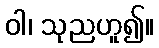
ဝါ၊ သုညဟူ၍။